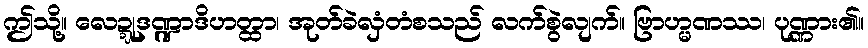
ဤသို့။ လေဍ္ဍုဒဏ္ဍာဒိဟတ္ထာ၊ အုတ်ခဲလှံတံစသည် လက်စွဲလျက်။ ဗြာဟ္မဏဿ၊ ပုဏ္ဏား၏။